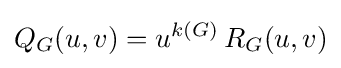
Q_{G}(u,v)=u^{k(G)}\,R_{G}(u,v)